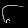
Digit: ၆